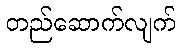
တည်ဆောက်လျက်